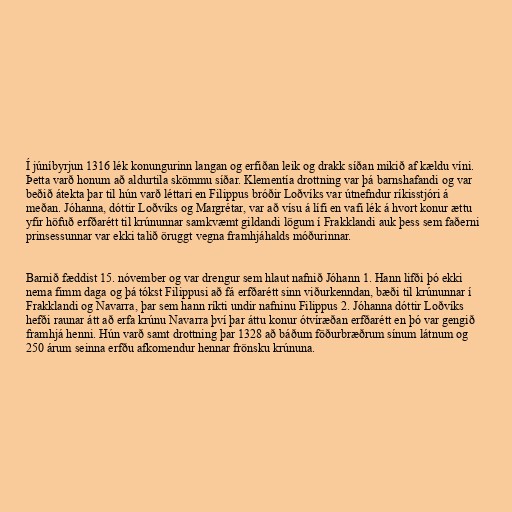
Í júníbyrjun 1316 lék konungurinn langan og erfiðan leik og drakk síðan mikið af kældu víni.
Þetta varð honum að aldurtila skömmu síðar. Klementía drottning var þá barnshafandi og var
beðið átekta þar til hún varð léttari en Filippus bróðir Loðvíks var útnefndur ríkisstjóri á
meðan. Jóhanna, dóttir Loðvíks og Margrétar, var að vísu á lífi en vafi lék á hvort konur ættu
yfir höfuð erfðarétt til krúnunnar samkvæmt gildandi lögum í Frakklandi auk þess sem faðerni
prinsessunnar var ekki talið öruggt vegna framhjáhalds móðurinnar.

Barnið fæddist 15. nóvember og var drengur sem hlaut nafnið Jóhann 1. Hann lifði þó ekki
nema fimm daga og þá tókst Filippusi að fá erfðarétt sinn viðurkenndan, bæði til krúnunnar í
Frakklandi og Navarra, þar sem hann ríkti undir nafninu Filippus 2. Jóhanna dóttir Loðvíks
hefði raunar átt að erfa krúnu Navarra því þar áttu konur ótvíræðan erfðarétt en þó var gengið
framhjá henni. Hún varð samt drottning þar 1328 að báðum föðurbræðrum sínum látnum og
250 árum seinna erfðu afkomendur hennar frönsku krúnuna.